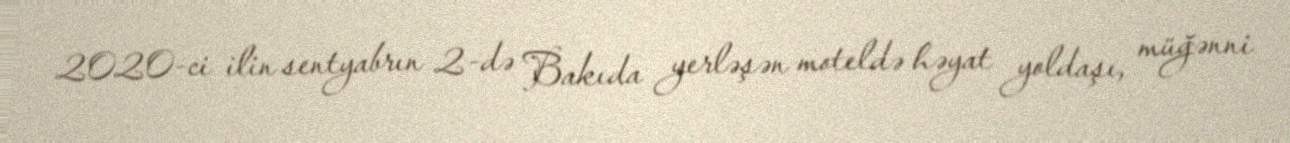
2020-ci ilin sentyabrın 2-də Bakıda yerləşən moteldə həyat yoldaşı, müğənni